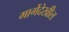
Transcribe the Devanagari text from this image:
मार्गेदेखील